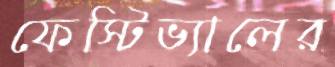
ফেস্টিভ্যালের